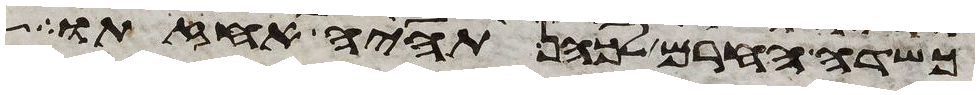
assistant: כשדה החרם לכהן תהיה אחזתו